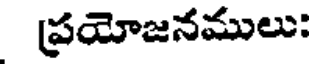
ప్రయోజనములు: